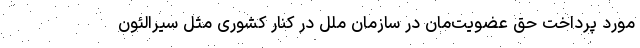
مورد پرداخت حق عضویت‌مان در سازمان ملل در کنار کشوری مثل سیرالئون